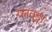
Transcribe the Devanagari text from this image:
प्लवङ्गाः